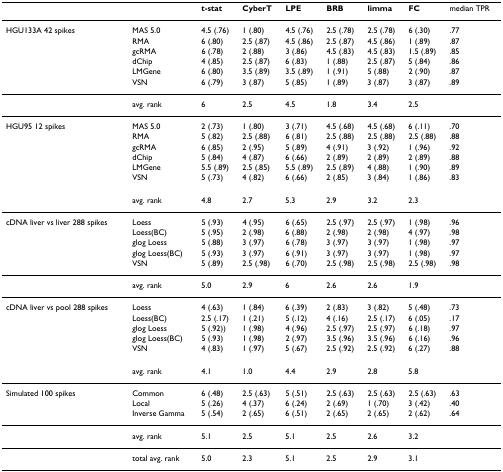
<table><thead><tr><td></td><td></td><td><b>t-stat</b></td><td><b>CyberT</b></td><td><b>LPE</b></td><td><b>BRB</b></td><td><b>limma</b></td><td><b>FC</b></td><td><b>median TPR</b></td></tr></thead><tbody><tr><td>HGU133A 42 spikes</td><td>MAS 5.0</td><td>4.5 (.76)</td><td>1 (.80)</td><td>4.5 (.76)</td><td>2.5 (.78)</td><td>2.5 (.78)</td><td>6 (.30)</td><td>.77</td></tr><tr><td></td><td>RMA</td><td>6 (.80)</td><td>2.5 (.87)</td><td>4.5 (.86)</td><td>2.5 (.87)</td><td>4.5 (.86)</td><td>1 (.89)</td><td>.87</td></tr><tr><td></td><td>gcRMA</td><td>6 (.78)</td><td>2 (.88)</td><td>3 (.86)</td><td>4.5 (.83)</td><td>4.5 (.83)</td><td>1.5 (.89)</td><td>.85</td></tr><tr><td></td><td>dChip</td><td>4 (.85)</td><td>2.5 (.87)</td><td>6 (.83)</td><td>1 (.88)</td><td>2.5 (.87)</td><td>5 (.84)</td><td>.86</td></tr><tr><td></td><td>LMGene</td><td>6 (.80)</td><td>3.5 (.89)</td><td>3.5 (.89)</td><td>1 (.91)</td><td>5 (.88)</td><td>2 (.90)</td><td>.87</td></tr><tr><td></td><td>VSN</td><td>6 (.79)</td><td>3 (.87)</td><td>5 (.85)</td><td>1 (.89)</td><td>3 (.87)</td><td>3 (.87)</td><td>.89</td></tr><tr><td></td><td>avg. rank</td><td>6</td><td>2.5</td><td>4.5</td><td>1.8</td><td>3.4</td><td>2.5</td><td></td></tr><tr><td>HGU95 12 spikes</td><td>MAS 5.0</td><td>2 (.73)</td><td>1 (.80)</td><td>3 (.71)</td><td>4.5 (.68)</td><td>4.5 (.68)</td><td>6 (.11)</td><td>.70</td></tr><tr><td></td><td>RMA</td><td>5 (.82)</td><td>2.5 (.88)</td><td>6 (.81)</td><td>2.5 (.88)</td><td>2.5 (.88)</td><td>2.5 (.88)</td><td>.88</td></tr><tr><td></td><td>gcRMA</td><td>6 (.85)</td><td>2 (.95)</td><td>5 (.89)</td><td>4 (.91)</td><td>3 (.92)</td><td>1 (.96)</td><td>.92</td></tr><tr><td></td><td>dChip</td><td>5 (.84)</td><td>4 (.87)</td><td>6 (.66)</td><td>2 (.89)</td><td>2 (.89)</td><td>2 (.89)</td><td>.88</td></tr><tr><td></td><td>LMGene</td><td>5.5 (.89)</td><td>2.5 (.85)</td><td>5.5 (.89)</td><td>2.5 (.89)</td><td>4 (.88)</td><td>1 (.90)</td><td>.89</td></tr><tr><td></td><td>VSN</td><td>5 (.73)</td><td>4 (.82)</td><td>6 (.66)</td><td>2 (.85)</td><td>3 (.84)</td><td>1 (.86)</td><td>.83</td></tr><tr><td></td><td>avg. rank</td><td>4.8</td><td>2.7</td><td>5.3</td><td>2.9</td><td>3.2</td><td>2.3</td><td></td></tr><tr><td>cDNA liver vs liver 288 spikes</td><td>Loess</td><td>5 (.93)</td><td>4 (.95)</td><td>6 (.65)</td><td>2.5 (.97)</td><td>2.5 (.97)</td><td>1 (.98)</td><td>.96</td></tr><tr><td></td><td>Loess(BC)</td><td>5 (.95)</td><td>2 (.98)</td><td>6 (.88)</td><td>2 (.98)</td><td>2 (.98)</td><td>4 (.97)</td><td>.98</td></tr><tr><td></td><td>glog Loess</td><td>5 (.88)</td><td>3 (.97)</td><td>6 (.78)</td><td>3 (.97)</td><td>3 (.97)</td><td>1 (.98)</td><td>.97</td></tr><tr><td></td><td>glog Loess(BC)</td><td>5 (.93)</td><td>3 (.97)</td><td>6 (.91)</td><td>3 (.97)</td><td>3 (.97)</td><td>1 (.98)</td><td>.97</td></tr><tr><td></td><td>VSN</td><td>5 (.89)</td><td>2.5 (.98)</td><td>6 (.70)</td><td>2.5 (.98)</td><td>2.5 (.98)</td><td>2.5 (.98)</td><td>.98</td></tr><tr><td></td><td>avg. rank</td><td>5.0</td><td>2.9</td><td>6</td><td>2.6</td><td>2.6</td><td>1.9</td><td></td></tr><tr><td>cDNA liver vs pool 288 spikes</td><td>Loess</td><td>4 (.63)</td><td>1 (.84)</td><td>6 (.39)</td><td>2 (.83)</td><td>3 (.82)</td><td>5 (.48)</td><td>.73</td></tr><tr><td></td><td>Loess(BC)</td><td>2.5 (.17)</td><td>1 (.21)</td><td>5 (.12)</td><td>4 (.16)</td><td>2.5 (.17)</td><td>6 (.05)</td><td>.17</td></tr><tr><td></td><td>glog Loess</td><td>5 (.92))</td><td>1 (.98)</td><td>4 (.96)</td><td>2.5 (.97)</td><td>2.5 (.97)</td><td>6 (.18)</td><td>.97</td></tr><tr><td></td><td>glog Loess(BC)</td><td>5 (.93)</td><td>1 (.98)</td><td>2 (.97)</td><td>3.5 (.96)</td><td>3.5 (.96)</td><td>6 (.16)</td><td>.96</td></tr><tr><td></td><td>VSN</td><td>4 (.83)</td><td>1 (.97)</td><td>5 (.67)</td><td>2.5 (.92)</td><td>2.5 (.92)</td><td>6 (.27)</td><td>.88</td></tr><tr><td></td><td>avg. rank</td><td>4.1</td><td>1.0</td><td>4.4</td><td>2.9</td><td>2.8</td><td>5.8</td><td></td></tr><tr><td>Simulated 100 spikes</td><td>Common</td><td>6 (.48)</td><td>2.5 (.63)</td><td>5 (.51)</td><td>2.5 (.63)</td><td>2.5 (.63)</td><td>2.5 (.63)</td><td>.63</td></tr><tr><td></td><td>Local</td><td>5 (.26)</td><td>4 (.37)</td><td>6 (.24)</td><td>2 (.69)</td><td>1 (.70)</td><td>3 (.42)</td><td>.40</td></tr><tr><td></td><td>Inverse Gamma</td><td>5 (.54)</td><td>2 (.65)</td><td>6 (.51)</td><td>2 (.65)</td><td>2 (.65)</td><td>2 (.62)</td><td>.64</td></tr><tr><td></td><td>avg. rank</td><td>5.1</td><td>2.5</td><td>5.1</td><td>2.5</td><td>2.6</td><td>3.2</td><td></td></tr><tr><td></td><td>total avg. rank</td><td>5.0</td><td>2.3</td><td>5.1</td><td>2.5</td><td>2.9</td><td>3.1</td><td></td></tr></tbody></table>